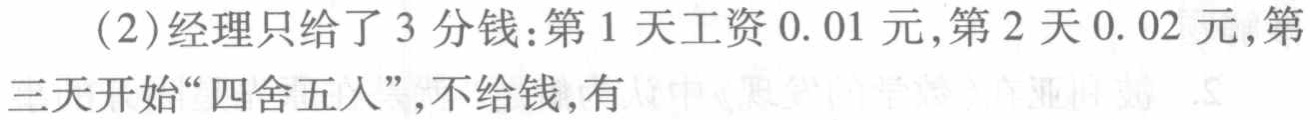
(2)经理只给了3分钱：第1天工资0.01元,第2天0.02元,第三天开始“四舍五入”,不给钱,有